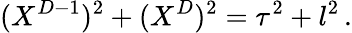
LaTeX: (X^{D-1})^{2}+(X^{D})^{2}=\tau^{2}+l^{2}\, .